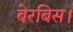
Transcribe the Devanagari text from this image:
बेरबिस।